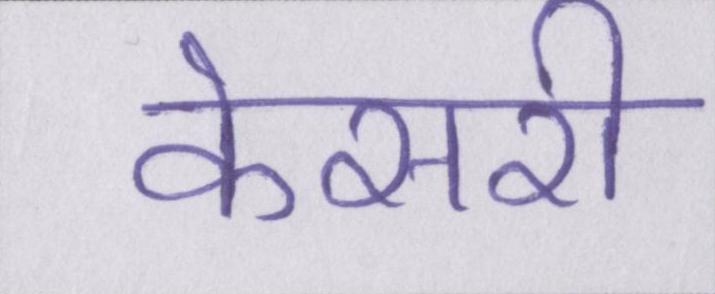
केसरी